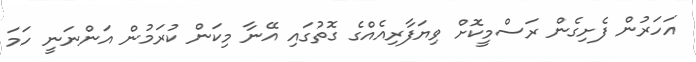
އަހަރުން ފެށިގެން ރަސްމީކޮށް ވިޔަފާރިއެއްގެ ގޮތުގައި އޭނާ މިކަން ކުރަމުން އަންނަނީ ހަމަ